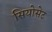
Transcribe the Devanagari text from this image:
सियोसेट